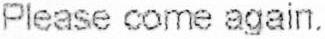
PLEASE COME AGAIN.